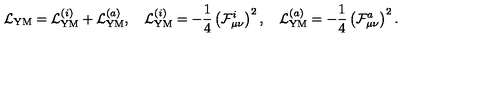
{ \cal L } _ { \mathrm { Y M } } = { \cal L } _ { \mathrm { Y M } } ^ { ( i ) } + { \cal L } _ { \mathrm { Y M } } ^ { ( a ) } , \quad { \cal L } _ { \mathrm { Y M } } ^ { ( i ) } = - \frac 1 4 \left( { \cal F } _ { \mu \nu } ^ { i } \right) ^ { 2 } , \quad { \cal L } _ { \mathrm { Y M } } ^ { ( a ) } = - \frac 1 4 \left( { \cal F } _ { \mu \nu } ^ { a } \right) ^ { 2 } .